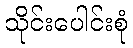
သိုင်းပေါင်းစုံ